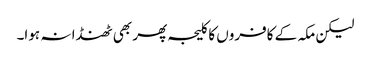
لیکن مکہ کے کافروں کا کلیجہ پھر بھی ٹھنڈا نہ ہوا۔